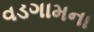
વડગામના